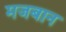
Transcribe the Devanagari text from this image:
मजबान